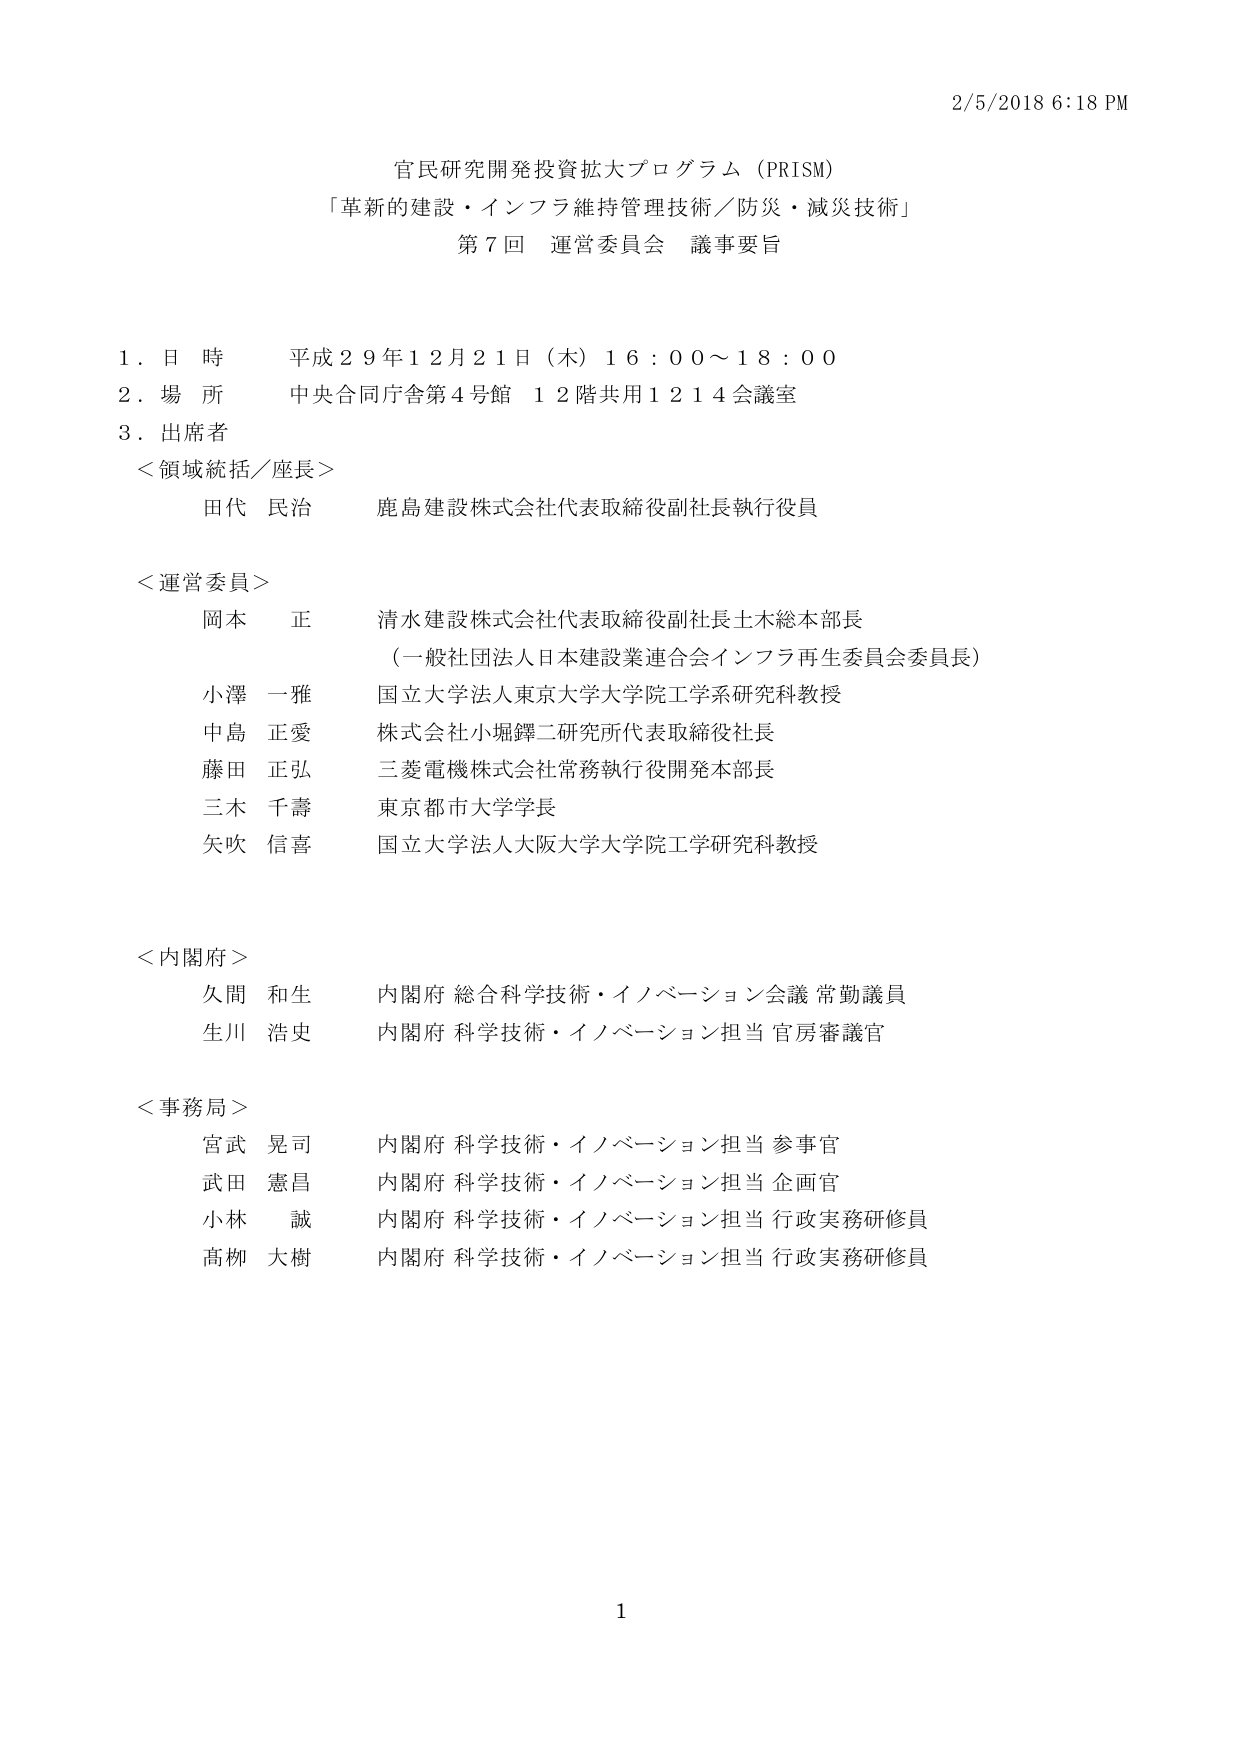
2/5/2018 6:18 PM

官民研究開発投資拡大プログラム（PRISM）
「革新的建設・インフラ維持管理技術／防災・減災技術」
第7回 運営委員会 議事要旨

1. 日時 平成29年12月21日（木）16:00～18:00
2. 場所 中央合同庁舎第4号館 12階共用1214会議室
3. 出席者

＜領域統括／座長＞
田代 民治 鹿島建設株式会社代表取締役副社長執行役員

＜運営委員＞
岡本 正 清水建設株式会社代表取締役副社長土木総本部長
（一般社団法人日本建設業連合会インフラ再生委員会委員長）
小澤 一雅 国立大学法人東京大学大学院工学系研究科教授
中島 正愛 株式会社小堀鐔二研究所代表取締役社長
藤田 正弘 三菱電機株式会社常務執行役開発本部長
三木 千壽 東京都市大学学長
矢吹 信喜 国立大学法人大阪大学大学院工学研究科教授

＜内閣府＞
久間 和生 内閣府 総合科学技術・イノベーション会議 常勤議員
生川 浩史 内閣府 科学技術・イノベーション担当 官房審議官

＜事務局＞
宮武 晃司 内閣府 科学技術・イノベーション担当 参事官
武田 憲昌 内閣府 科学技術・イノベーション担当 企画官
小林 誠 内閣府 科学技術・イノベーション担当 行政実務研修員
高柳 大樹 内閣府 科学技術・イノベーション担当 行政実務研修員

1